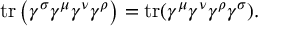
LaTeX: \operatorname { t r } \left( \gamma ^ { \sigma } \gamma ^ { \mu } \gamma ^ { \nu } \gamma ^ { \rho } \right) = \operatorname { t r } ( \gamma ^ { \mu } \gamma ^ { \nu } \gamma ^ { \rho } \gamma ^ { \sigma } ) .